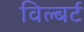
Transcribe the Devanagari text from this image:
विल्बर्ट